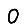
Digit: 0